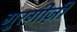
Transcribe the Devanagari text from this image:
गुरग़ीज़ी